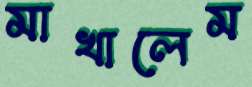
মাখালেম